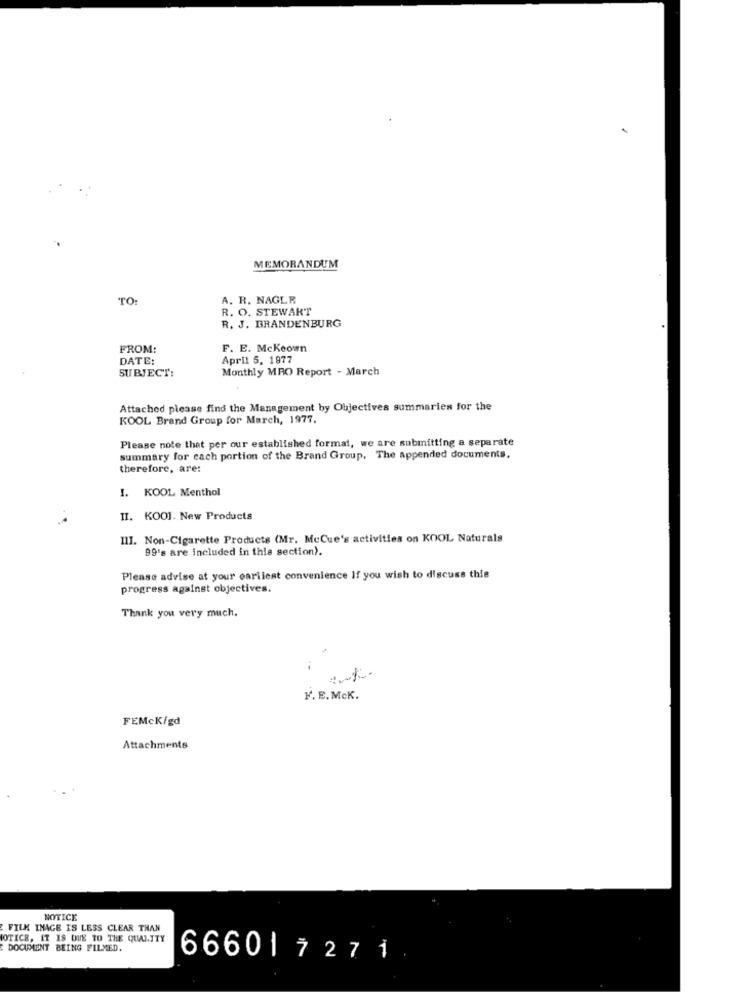
MEMORANDUM
TO:
A. R. NAGLE
R. O. STEWART
R. J. BRANDENBURG
FROM:
F. E. Mckeown
DATE:
April 5, 1877
SUBJECT:
Monthly MRO Report - March
Attached please find the Management by Objectives summaries for the
KOOL Brand Group for March, 1977.
Please note that per our established format, we are submitting a separate
summary for each portion of the Brand Group, The appended documents.
therefore, are:
I. KOOL Menthol
II. KOOI. New Products
III. Non-Cigarette Products (Mr. McCue's activities on KOOL Naturals
99's are included in this section ?.
Please advise at your earliest convenience If you wish to discuss this
progress against objectives.
Thank you very much.
F. E. McK.
FEMck/gd
Attachments
NOTICE
FILM IMAGE IS LESS CLEAR THAN
NOTICE, IT IS DUE TO THE QUALITY
DOCUMENT BEING FILMED.
66601 727 1